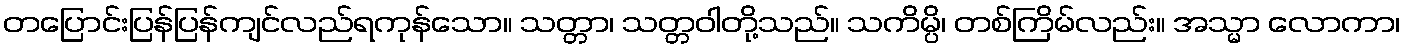
တပြောင်းပြန်ပြန်ကျင်လည်ရကုန်သော။ သတ္တာ၊ သတ္တဝါတို့သည်။ သကိမ္ပိ၊ တစ်ကြိမ်လည်း။ အသ္မာ လောကာ၊